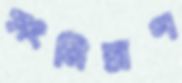
সংমিশ্রণ